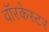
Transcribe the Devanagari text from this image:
वॉरकेस्टर